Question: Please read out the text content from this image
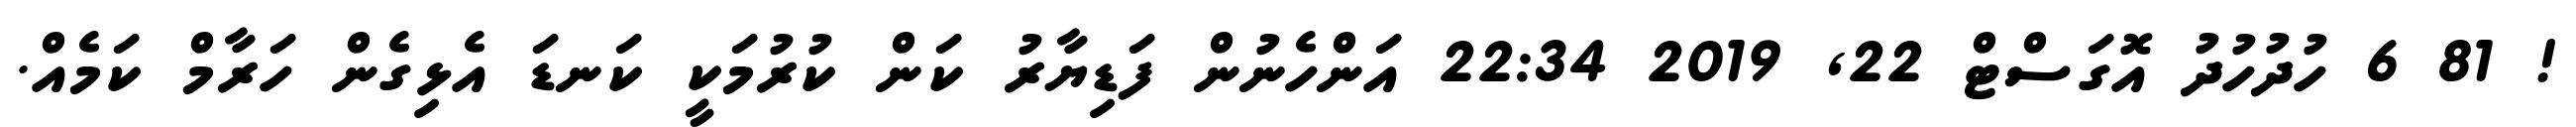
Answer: ! 81 6 ހުދުހުދު އޮގަސްޓް 22, 2019 22:34 އަންހެނުން ފަޑިޔާރު ކަން ކުރުމަކީ ކަނޑަ އެޅިގެން ހަރާމް ކަމެއް.